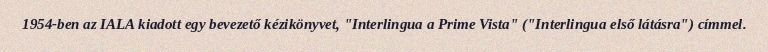
1954-ben az IALA kiadott egy bevezető kézikönyvet, "Interlingua a Prime Vista" ("Interlingua első látásra") címmel.